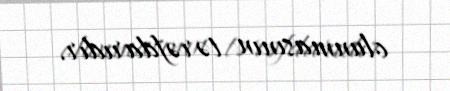
olunmasının tərəfdarıdır.